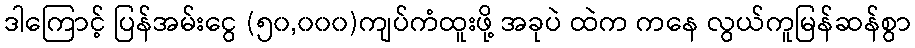
ဒါကြောင့် ပြန်အမ်းငွေ (၅၀,၀၀၀)ကျပ်ကံထူးဖို့ အခုပဲ ထဲက ကနေ လွယ်ကူမြန်ဆန်စွာ